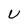
Character: U